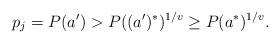
LaTeX: \begin{align*}p_j = P(a') > P((a')^*)^{1/v} \ge P(a^*)^{1/v}.\end{align*}